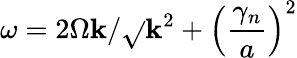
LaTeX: \omega=2\Omega\mathbf{k}/\sqrt{}{{\mathbf{k}^{2}+\left(\frac{{\gamma_{n}}}{{a}}\right)^{2}}}